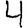
Digit: 4